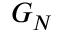
G _ { N }